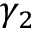
\gamma _ { 2 }